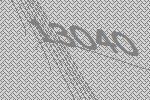
13040